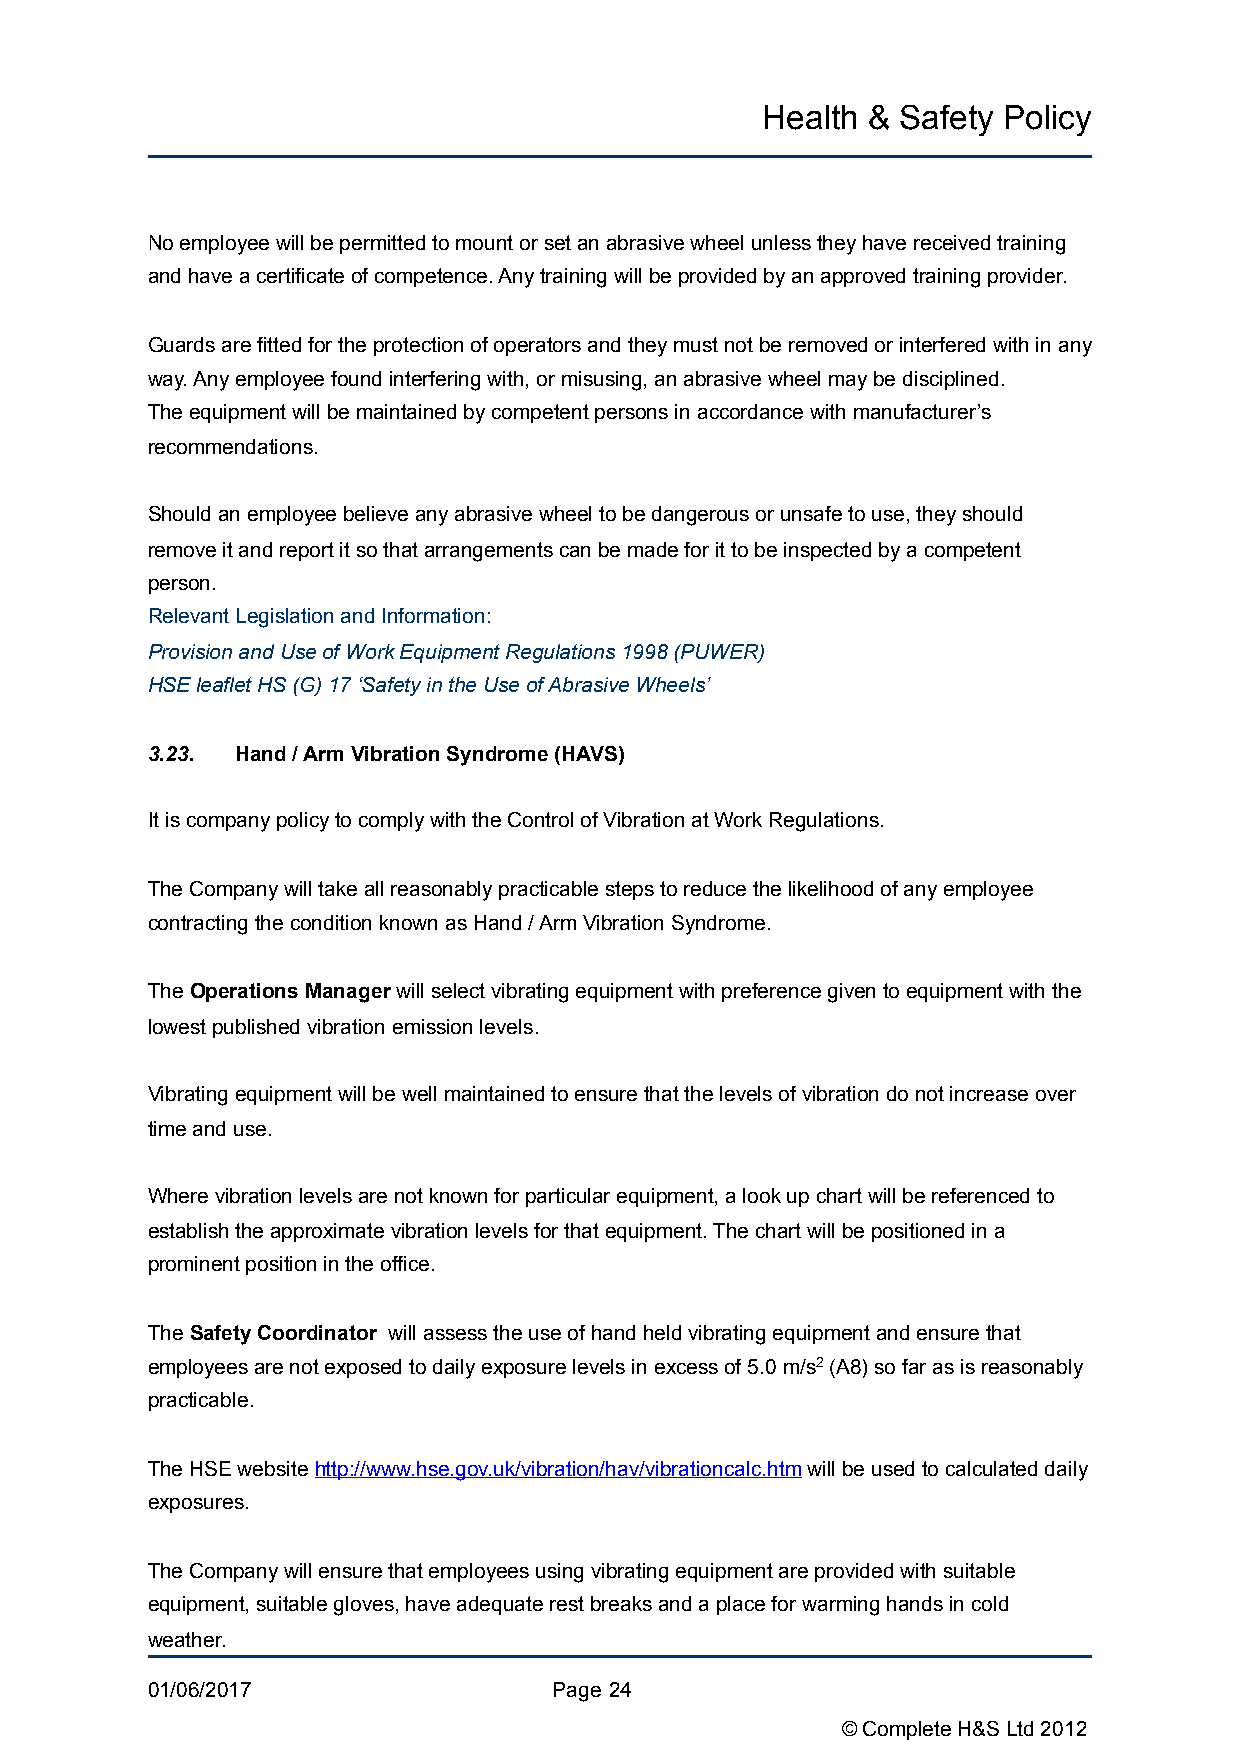
Health &  Safety Policy
 No employee will be permitted to mount or set an abrasive wheel unless they have received training
 and have a certificate of competence. Any training will be provided by an approved training provider.
 Guards are fitted for the protection of operators and they must not be removed or interfered with in any
 way. Any employee found interfering with, or misusing, an abrasive wheel may be disciplined.
 The equipment will be maintained by competent persons in accordance with manufacturer’s
 recommendations.
 Should an employee believe any abrasive wheel to be dangerous or unsafe to use, they should
 remove it and report it so that arrangements can be made for it to be inspected by a competent
 person.
 Relevant Legislation and Information:
 Provision and Use of Work Equipment Regulations 1998 (PUWER)
 HSE leaflet HS (G) 17 ‘Safety in the Use of Abrasive Wheels’
 3.23. Hand / Arm Vibration Syndrome (HAVS)
 It is company policy to comply with the Control of Vibration at Work Regulations.
 The Company will take all reasonably practicable steps to reduce the likelihood of any employee
 contracting the condition known as Hand / Arm Vibration Syndrome.
 The Operations Manager will select vibrating equipment with preference given to equipment with the
 lowest published vibration emission levels.
 Vibrating equipment will be well maintained to ensure that the levels of vibration do not increase over
 time and use.
 Where vibration levels are not known for particular equipment, a look up chart will be referenced to
 establish the approximate vibration levels for that equipment. The chart will be positioned in a
 prominent position in the office.
 The Safety Coordinator will assess the use of hand held vibrating equipment and ensure that
 employees are not exposed to daily exposure levels in excess of 5.0 m/s2 (A8) so far as is reasonably
 practicable.
 The HSE website http://www.hse.gov.uk/vibration/hav/vibrationcalc.htm will be used to calculated daily
 exposures.
 The Company will ensure that employees using vibrating equipment are provided with suitable
 equipment, suitable gloves, have adequate rest breaks and a place for warming hands in cold
 weather.
 01/06/2017                 Page !24
 © Complete H&S Ltd 2012